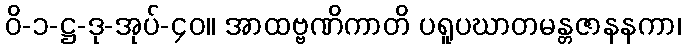
ဝိ-၁-ဋ္ဌ-ဒု-အုပ်-၄၀။ အာထဗ္ဗဏိကာတိ ပရူပဃာတမန္တဇာနနကာ၊